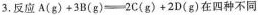
3.反应$$A ( g ) + 3 B ( g ) \xlongequal [ ] { } 2 C ( g ) + 2 D ( g )$$在四种不同